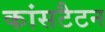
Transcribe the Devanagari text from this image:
कांसटैटन